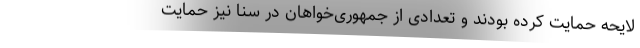
لایحه حمایت کرده بودند و تعدادی از جمهوری‌خواهان در سنا نیز حمایت